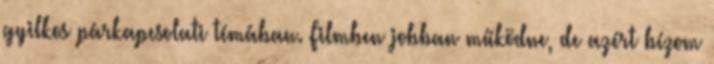
gyilkos párkapcsolati témában. Filmben jobban működne, de azért bízom